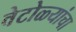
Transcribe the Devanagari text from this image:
वेटोळ्यांचा